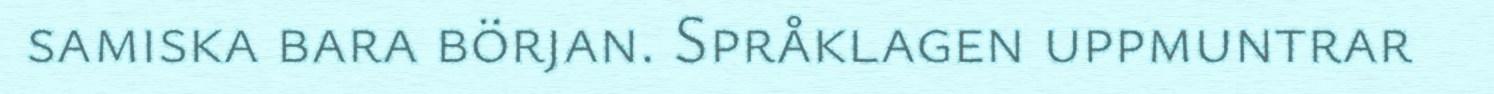
samiska bara början. Språklagen uppmuntrar